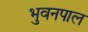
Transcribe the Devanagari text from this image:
भुवनपाल